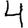
Digit: 4